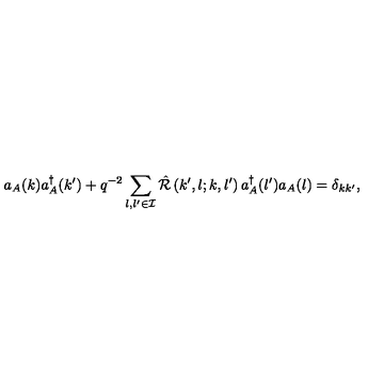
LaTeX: a _ { A } ( k ) a _ { A } ^ { \dagger } ( k ^ { \prime } ) + q ^ { - 2 } \sum _ { l , l ^ { \prime } \in { \cal I } } { \hat { \cal R } } \left( k ^ { \prime } , l ; k , l ^ { \prime } \right) a _ { A } ^ { \dagger } ( l ^ { \prime } ) a _ { A } ( l ) = \delta _ { k k ^ { \prime } } ,